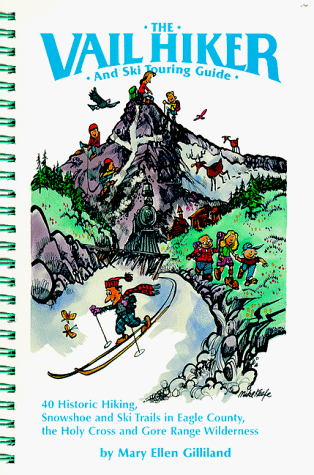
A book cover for The Vail Hiker and Ski Touring Guide; Mary Ellen Gilliland; Travel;